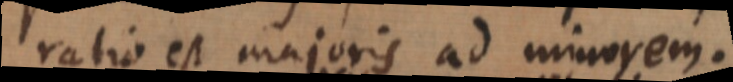
ratio est majoris ad minorem.